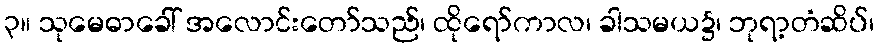
၃။ သုမေဓာခေါ် အလောင်းတော်သည်၊ ထိုရော်ကာလ၊ ခါသမယ၌၊ ဘုရာ့တံဆိပ်၊